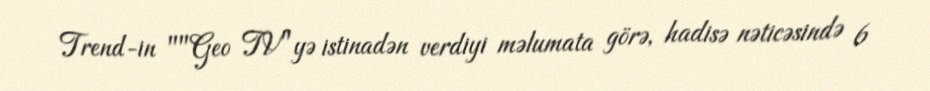
Trend-in ""Geo TV"yə istinadən verdiyi məlumata görə, hadisə nəticəsində 6